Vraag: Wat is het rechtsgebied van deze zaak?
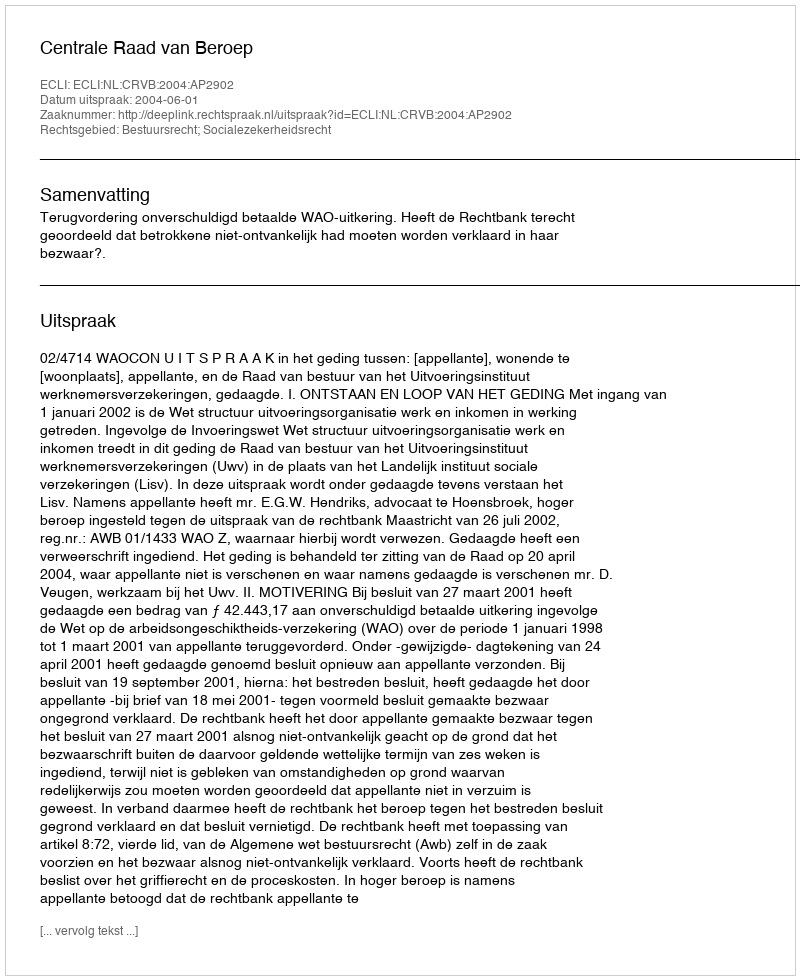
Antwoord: Bestuursrecht; Socialezekerheidsrecht